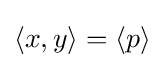
\langle x,y\rangle =\langle p\rangle